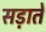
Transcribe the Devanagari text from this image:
सड़ाते